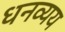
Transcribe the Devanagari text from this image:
धनव्यय